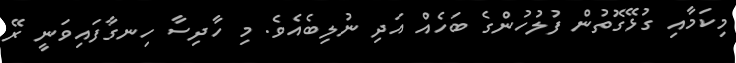
މިކަމާއި ގުޅޭގޮތުން ފުލުހުންގެ ބަހެއް އަދި ނުލިބެއެވެ. މި ހާދިސާ ހިނގާފައިވަނީ ރޭ